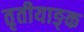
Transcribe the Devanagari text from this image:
तृतीयाङ्क